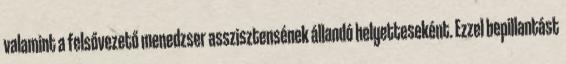
valamint a felsővezető menedzser asszisztensének állandó helyetteseként. Ezzel bepillantást